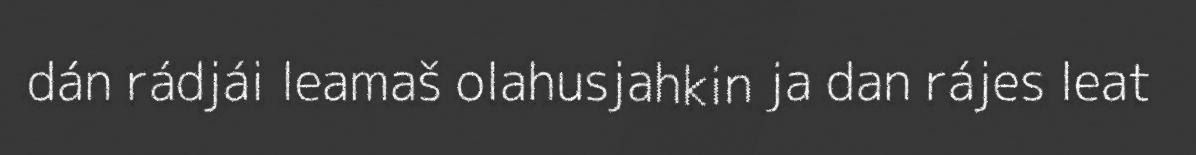
dán rádjái leamaš olahusjahkin ja dan rájes leat